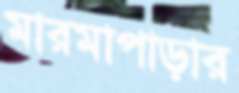
মারমাপাড়ার